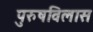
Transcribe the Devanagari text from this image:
पुरुषविलास